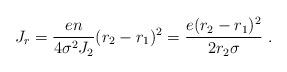
LaTeX: \begin{align*}J_r={{en}\over{4\sigma^2J_2}}(r_2-r_1)^2={{e(r_2-r_1)^2}\over{2r_2\sigma}}~.\end{align*}